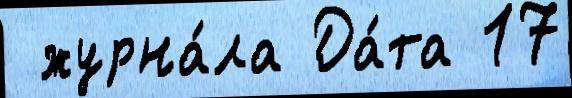
 журна́ла Да́та 17